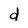
Character: d